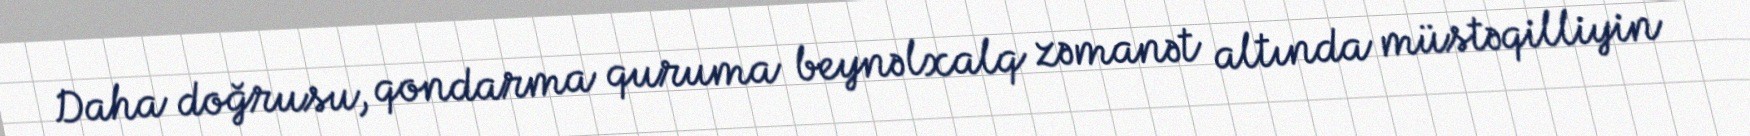
Daha doğrusu, qondarma quruma beynəlxalq zəmanət altında müstəqilliyin